system: You are a helpful assistant.
user:
Analyze the provided spectrum to determine if it is a **Carbon Star (C-type)**.

- **Key Visual Indicators of Carbon Star:**
    - **(Primary):** Strong molecular absorption from **C₂ (diatomic carbon) "Swan Bands."** This is the **defining feature** of a carbon star.
        - **(Key Bandheads):** Sharp absorption edges are visible at approximately $5635$ Å, $5165$ Å (the strongest band), and $4737$ Å.
        - **(Line Profile):** Creates a distinct **"saw-tooth"** pattern. The key morphology is a sharp, steep bandhead on the **red (long-wavelength) side**, which then gradually tapers off (i.e., flux recovers) towards the **blue (short-wavelength) side**. *(This is the direct opposite of the TiO bands seen in M-type stars)*.

    - **(Secondary):** Intense **CN (cyanogen)** molecular absorption bands.
        - **(Key Bandheads):** Located in the blue and violet regions of the spectrum (e.g., near $4215$ Å and $3883$ Å).
        - **(Morphology):** These bands are extremely broad and act as a "blanket," absorbing the vast majority of blue and violet light. This creates a characteristic **"cliff"** or **"steep drop-off"** in the spectrum's flux at short wavelengths.

    - **(Key Confirmation):** Strong **CH absorption band (G-band)**.
        - **(Key Bandhead):** Located around $4300$ Å. The contribution from CH molecules to this band is exceptionally strong.

    - **(Overall Spectrum):**
        - The continuum is severely "chopped up" by these deep molecular bands, especially C₂, rather than appearing as a smooth curve.
        - Due to the heavy CN and C₂ absorption in the blue-green, the vast majority of the star's flux is concentrated in the red part of the spectrum, giving the star its characteristic deep red color.

Think first, call **spectral_visualization_tool** if needed to examine features in detail, then provide your final answer. Your response must adhere to the following strict rules:
1.  **Overall Structure:** Your response must follow the format `<think>...</think> <tool_call>...</tool_call> (if a tool is used) <answer>...</answer>`.
2.  **Tool Usage Constraint:** You may only make **one** tool call per turn.
3.  **Final Answer Format:** In the `<answer>` tag, your conclusion must be inside a `\boxed{}` command (e.g., `\boxed{YES}`), followed by your justification.

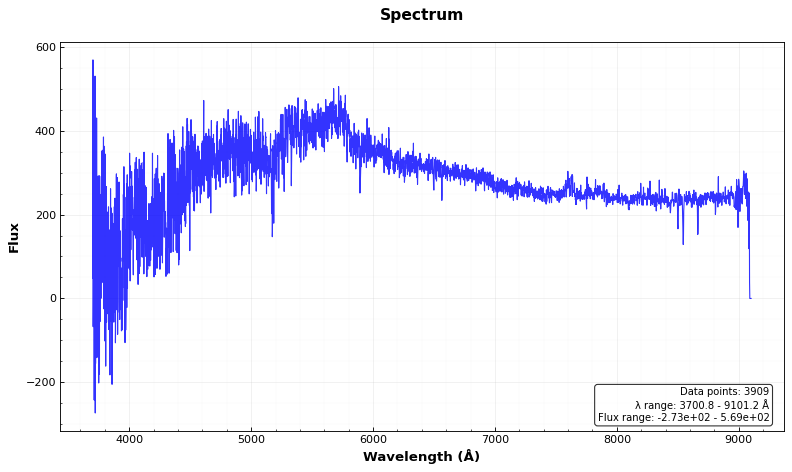
Answer: NO